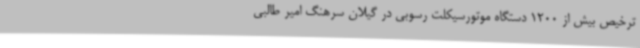
ترخیص بیش از 1200 دستگاه موتورسیکلت رسوبی در گیلان سرهنگ امیر طالبی